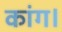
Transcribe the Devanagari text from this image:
कांग।